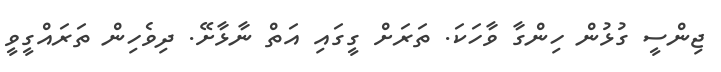
ޖިންސީ ގުޅުން ހިންގާ ވާހަކަ. ތަރަށް ގީގައި އަތް ނާޅާށޭ. ދިވެހިން ތަރައްގީވީ